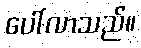
ပေါ်လာသည်။